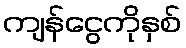
ကျန်ငွေကိုနှစ်